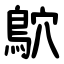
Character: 鴥